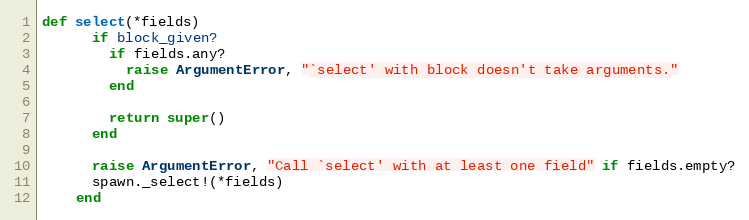
Language: Ruby
def select(*fields)
      if block_given?
        if fields.any?
          raise ArgumentError, "`select' with block doesn't take arguments."
        end

        return super()
      end

      raise ArgumentError, "Call `select' with at least one field" if fields.empty?
      spawn._select!(*fields)
    end